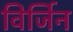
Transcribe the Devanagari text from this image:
विर्जिन